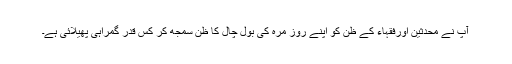
آپ نے محدثین اورفقہاء کے ظن کو اپنے روز مرہ کی بول چال کا ظن سمجھ کر کس قدر گمراہی پھیلائی ہے۔